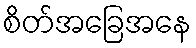
စိတ်အခြေအနေ